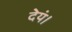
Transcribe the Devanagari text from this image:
देयं।